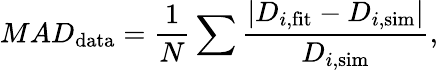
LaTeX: MAD_{\mathrm{data}}=\frac{1}{N}\sum\frac{|D_{i,\mathrm{fit}}-D_{i,\mathrm{sim}}|}{D_{i,\mathrm{sim}}},